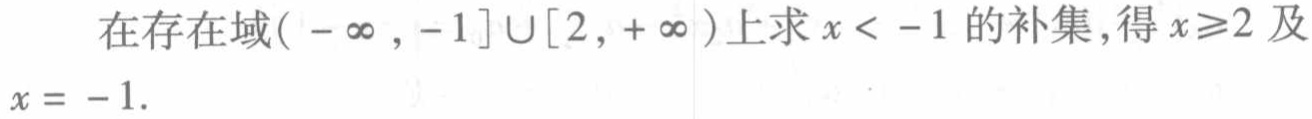
在存在域\((-\infty, -1]\cup[2, +\infty)\)上求\(x < -1\)的补集，得\(x\geqslant2\)及\(x = -1\).